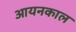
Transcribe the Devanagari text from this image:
आयनकाल